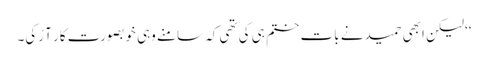
‘‘ لیکن ابھی حمید نے بات ختم ہی کی تھی کہ سامنے وہی خوبصورت کار آ رُکی۔